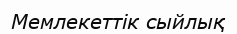
Мемлекеттік сыйлық